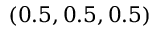
( 0 . 5 , 0 . 5 , 0 . 5 )